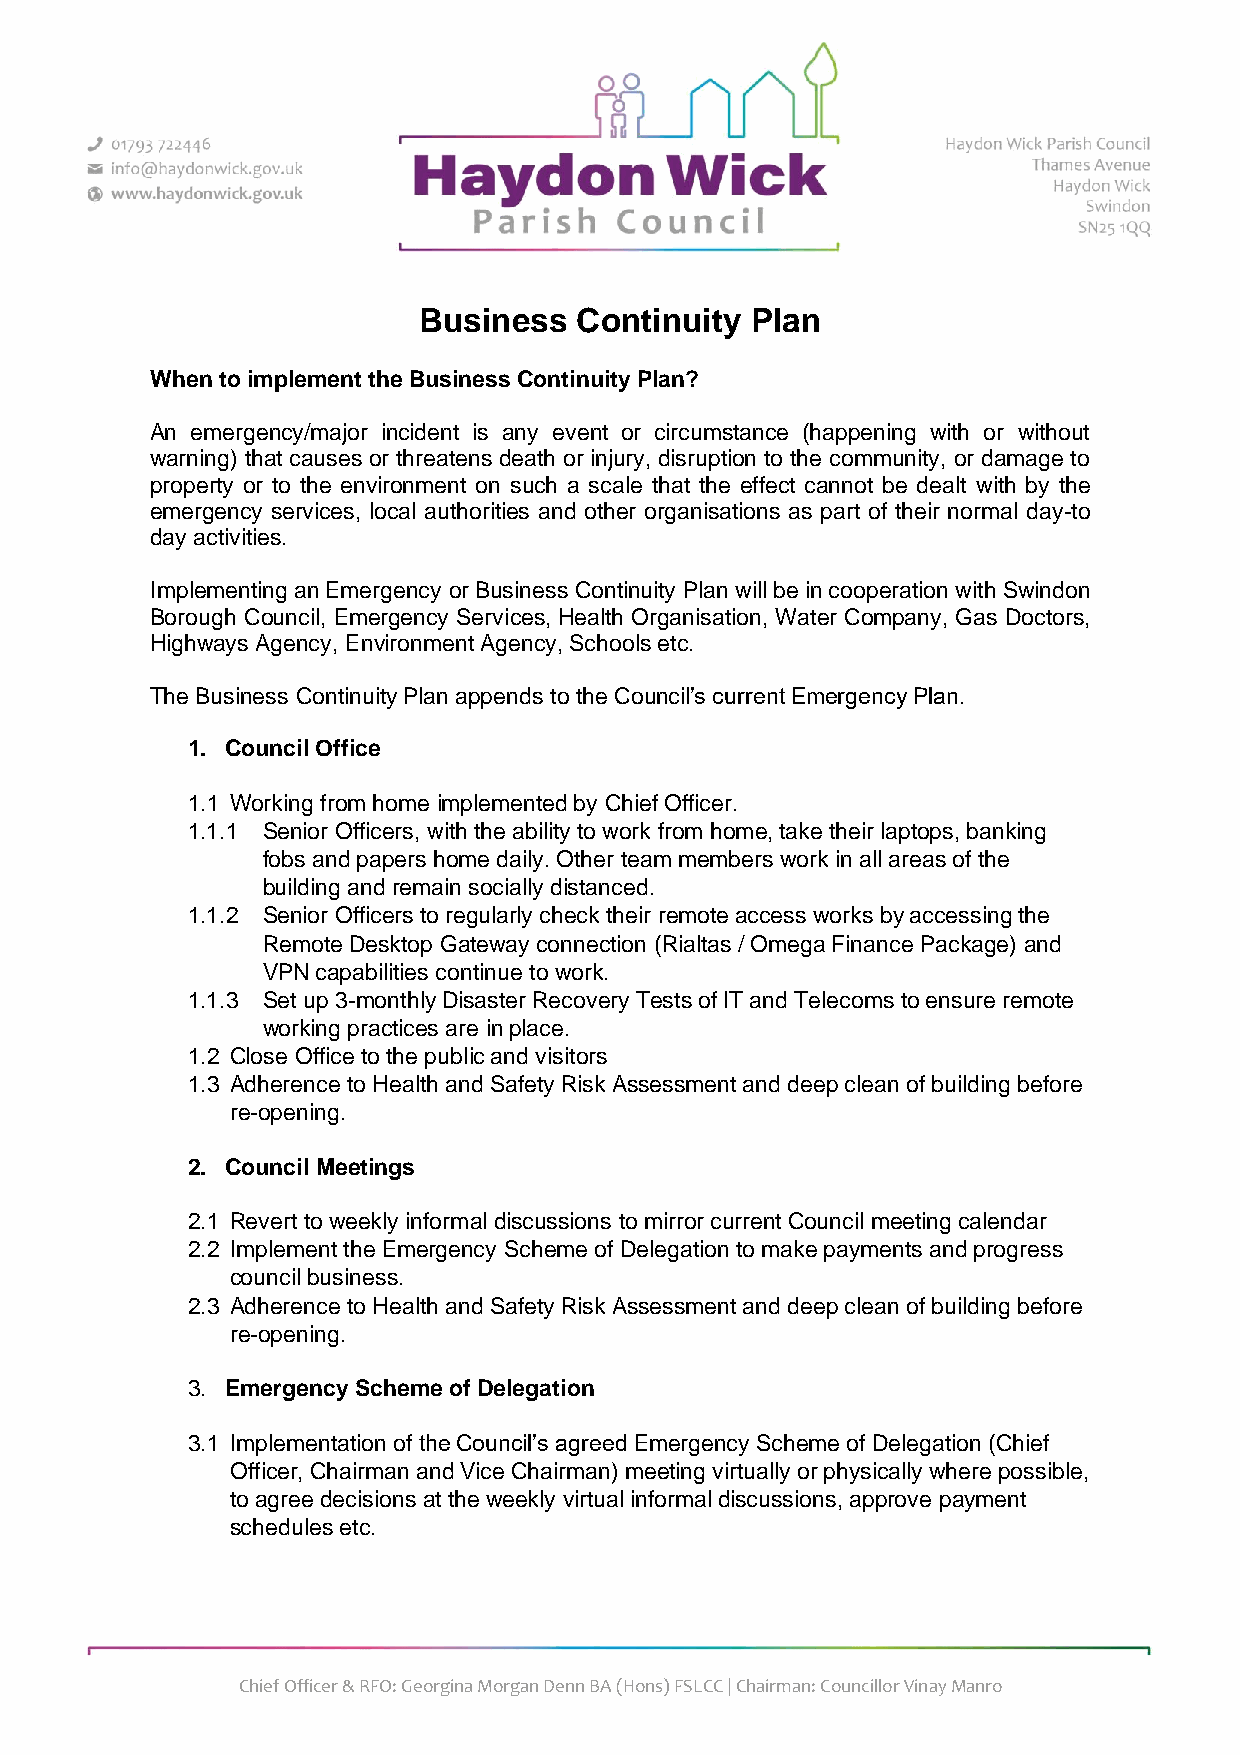
Business  Continuity  Plan
 When to implement the Business Continuity Plan?
 An emergency/major incident is any event or circumstance (happening with or without
 warning) that causes or threatens death or injury, disruption to the community, or damage to
 property or to the environment on such a scale that the effect cannot be dealt with by the
 emergency services, local authorities and other organisations as part of their normal day-to
 day activities.
 Implementing an Emergency or Business Continuity Plan will be in cooperation with Swindon
 Borough Council, Emergency Services, Health Organisation, Water Company, Gas Doctors,
 Highways Agency, Environment Agency, Schools etc.
 The Business Continuity Plan appends to the Council’s current Emergency Plan.
 1. Council Office
 1.1 Working from home implemented by Chief Officer.
 1.1.1 Senior Officers, with the ability to work from home, take their laptops, banking
 fobs and papers home daily. Other team members work in all areas of the
 building and remain socially distanced.
 1.1.2 Senior Officers to regularly check their remote access works by accessing the
 Remote Desktop Gateway connection (Rialtas / Omega Finance Package) and
 VPN capabilities continue to work.
 1.1.3 Set up 3-monthly Disaster Recovery Tests of IT and Telecoms to ensure remote
 working practices are in place.
 1.2 Close Office to the public and visitors
 1.3 Adherence to Health and Safety Risk Assessment and deep clean of building before
 re-opening.
 2. Council Meetings
 2.1 Revert to weekly informal discussions to mirror current Council meeting calendar
 2.2 Implement the Emergency Scheme of Delegation to make payments and progress
 council business.
 2.3 Adherence to Health and Safety Risk Assessment and deep clean of building before
 re-opening.
 3. Emergency Scheme of Delegation
 3.1 Implementation of the Council’s agreed Emergency Scheme of Delegation (Chief
 Officer, Chairman and Vice Chairman) meeting virtually or physically where possible,
 to agree decisions at the weekly virtual informal discussions, approve payment
 schedules etc.
 Chief Officer & RFO: Georgina Morgan Denn BA (Hons) FSLCC | Chairman: Councillor Vinay Manro